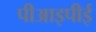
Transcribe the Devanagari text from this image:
पीआइपीई